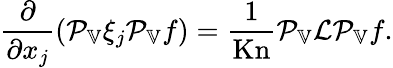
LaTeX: \frac{\partial}{\partial x_{j}}(\mathcal{P}_{\mathbb{V}}\xi_{j}\mathcal{P}_{\mathbb{V}}f)=\frac{1}{\mathrm{Kn}}\mathcal{P}_{\mathbb{V}}\mathcal{L}\mathcal{P}_{\mathbb{V}}f.